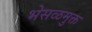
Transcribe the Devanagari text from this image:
भेसळमुक्त